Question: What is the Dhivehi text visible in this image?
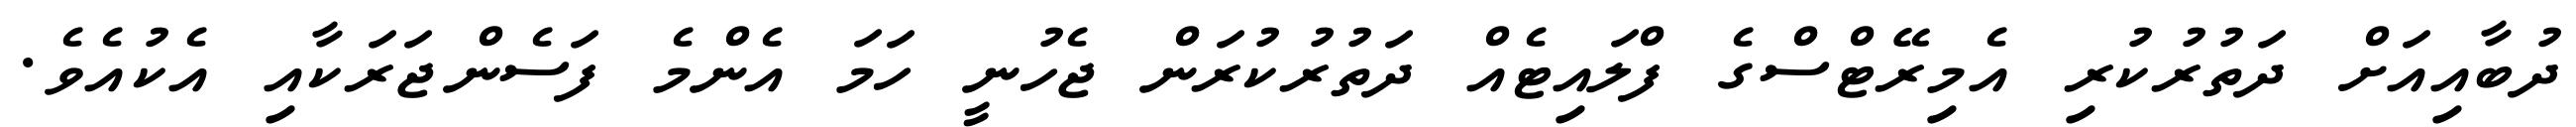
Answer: ދުބާއިއަށް ދަތުރުކުރި އެމިރޭޓްސްގެ ފްލައިޓެއް ދަތުރުކުރަން ޖެހުނީ ހަމަ އެންމެ ފަސެންޖަރަކާއި އެކުއެވެ.